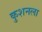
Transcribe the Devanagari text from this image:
कुशनला